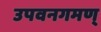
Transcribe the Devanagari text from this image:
उपवनगमण्